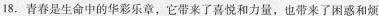
18.青春是生命中的华彩乐章，它带来了喜悦和力量，也带来了困惑和烦